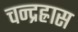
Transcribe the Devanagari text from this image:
चन्द्रह्रास